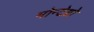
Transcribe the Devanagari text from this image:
मोन्टेग्रो